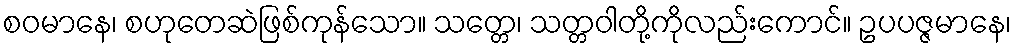
စဝမာနေ၊ စဟုတေဆဲဖြစ်ကုန်သော။ သတ္တေ၊ သတ္တဝါတို့ကိုလည်းကောင်။ ဥပပဇ္ဇမာနေ၊